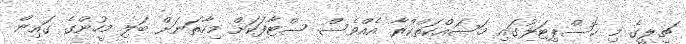
ޗިލީގެ މި ހޮސްޕިޓަލުގައި މަސައްކަތްކުރާ އެއްވެސް ސްޓާފަކަށް މިހާތަނަށް ބަލި މީހުންގެ ގައިން